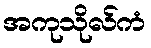
အကုသိုလ်ကံ